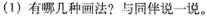
(1)有哪几种画法?与同伴说一说。